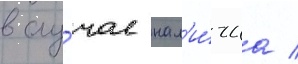
в слу́чае нал'и́чиа /